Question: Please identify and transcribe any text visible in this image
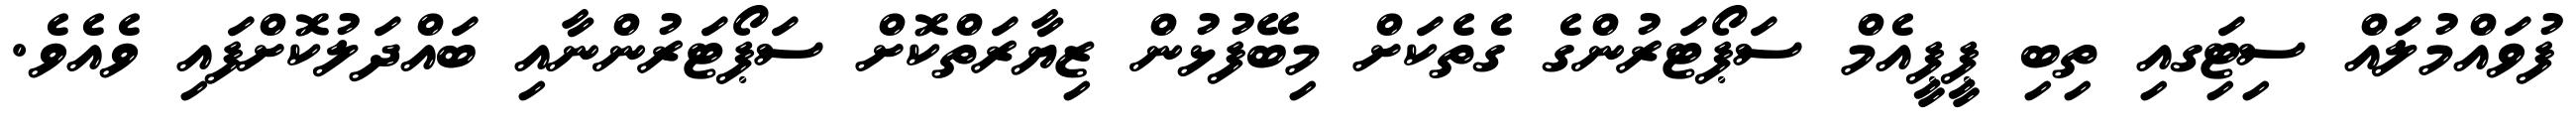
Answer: ފުވައްމުލައް ސިޓިަގއި ތިބި ޕީޕީއެމް ސަޕޯޓަރުންގެ ގެތެކަށް މިބޭފުޅުން ޒިޔާރަތްކޮށް ސަޕޯޓަރުންނާއި ބައްދަލުކޮށްފައި ވެއެވެ.